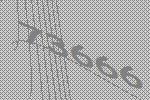
73666